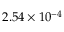
2 . 5 4 \times 1 0 ^ { - 4 }